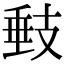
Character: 㩾